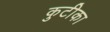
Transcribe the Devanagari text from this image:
कुटीका